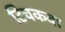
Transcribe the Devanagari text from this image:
टिचकवा